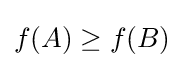
f(A)\geq f(B)